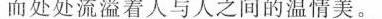
而处处流溢着人与人之间的温情美。